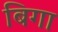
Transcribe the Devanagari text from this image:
बिगा